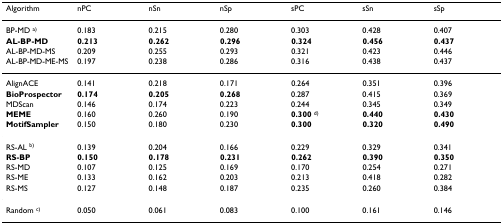
| Algorithm | nPC | nSn | nSp | sPC | sSn | sSp |
 | --- | --- | --- | --- | --- | --- | --- |
 | BP-MD a) | 0.183 | 0.215 | 0.280 | 0.303 | 0.428 | 0.407 |
 | AL-BP-MD | 0.213 | 0.262 | 0.296 | 0.324 | 0.456 | 0.437 |
 | AL-BP-MD-MS | 0.209 | 0.255 | 0.293 | 0.321 | 0.423 | 0.446 |
 | AL-BP-MD-ME-MS | 0.197 | 0.238 | 0.286 | 0.316 | 0.438 | 0.437 |
 | AlignACE | 0.141 | 0.218 | 0.171 | 0.264 | 0.351 | 0.396 |
 | BioProspector | 0.174 | 0.205 | 0.268 | 0.287 | 0.415 | 0.369 |
 | MDScan | 0.146 | 0.174 | 0.223 | 0.244 | 0.345 | 0.349 |
 | MEME | 0.160 | 0.260 | 0.190 | 0.300 d) | 0.440 | 0.430 |
 | MotifSampler | 0.150 | 0.180 | 0.230 | 0.300 | 0.320 | 0.490 |
 | RS-AL b) | 0.139 | 0.204 | 0.166 | 0.229 | 0.329 | 0.341 |
 | RS-BP | 0.150 | 0.178 | 0.231 | 0.262 | 0.390 | 0.350 |
 | RS-MD | 0.107 | 0.125 | 0.169 | 0.170 | 0.254 | 0.271 |
 | RS-ME | 0.133 | 0.162 | 0.203 | 0.213 | 0.418 | 0.282 |
 | RS-MS | 0.127 | 0.148 | 0.187 | 0.235 | 0.260 | 0.384 |
 | Random c) | 0.050 | 0.061 | 0.083 | 0.100 | 0.161 | 0.146 |